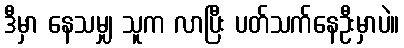
ဒီမှာ နေသမျှ သူက လာပြီး ပတ်သက်နေဦးမှာပဲ။